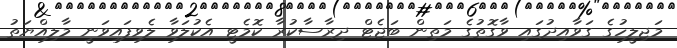
މަޖިލީހުގެ ގަވާއިދުގައި ވާގޮތުގެ މަތިން ބަޖެޓް ދިރާސާކުރާ ކޮމެޓީ އެކުލަވާ ލެވިފައިވަނީ މާލިއްޔަތު